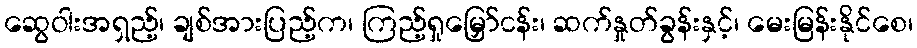
ဆွေဝါးအရှည့်၊ ချစ်အားပြည့်က၊ ကြည့်ရှုမြှော်ငန်း၊ ဆက်နှုတ်ခွန်းနှင့်၊ မေးမြန်းနိုင်စေ၊